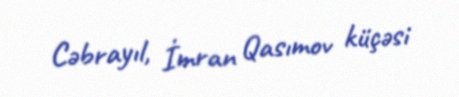
Cəbrayıl, İmran Qasımov küçəsi